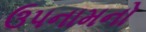
ઉપનામનો